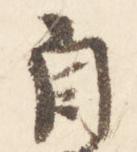
自